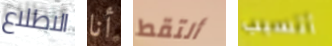
الاطلاع أنا ألتقط أتسبب